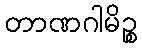
တာဏဂါမိဉ္စ